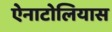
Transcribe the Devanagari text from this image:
ऐनाटोलियास